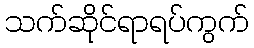
သက်ဆိုင်ရာရပ်ကွက်